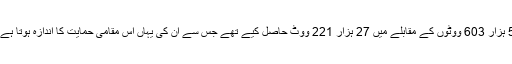
انہوں نے 2008 میں پی ایس 97 کے انتخاب میں ایم کیو ایم کے محمد عادل خان کے 54 ہزار 603 ووٹوں کے مقابلے میں 27 ہزار 221 ووٹ حاصل کیے تھے جس سے ان کی یہاں اس مقامی حمایت کا اندازہ ہوتا ہے جس سے انہیں اورنگی کے الگ ہونے کے بعد آنے والے انتخابات میں مدد مل سکتی ہے۔